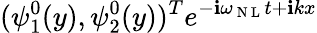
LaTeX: (\psi_{1}^{0}(y),\psi_{2}^{0}(y))^{T}e^{-\mathbf{i}\omega_{\mathrm{{~N~L~}}}t+\mathbf{i}kx}